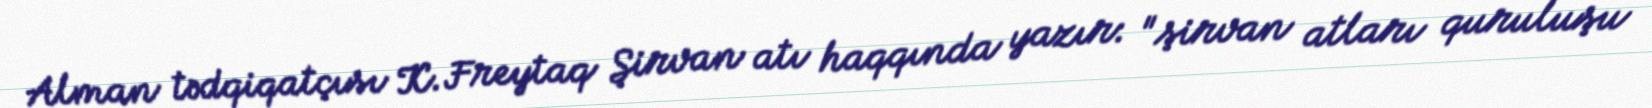
Alman tədqiqatçısı K.Freytaq Şirvan atı haqqında yazır: "şirvan atları quruluşu